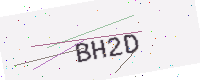
Text: BH2D